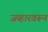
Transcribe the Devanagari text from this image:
जव्हारवरून